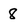
Character: 8